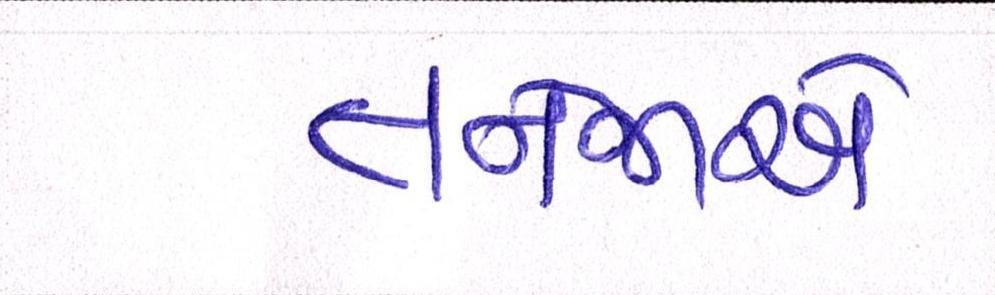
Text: તનેજાએ